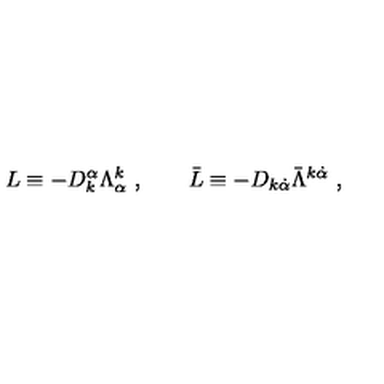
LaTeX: L \equiv - D _ { k } ^ { \alpha } \Lambda _ { \alpha } ^ { k } \ , \qquad \bar { L } \equiv - D _ { k \dot { \alpha } } \bar { \Lambda } ^ { k \dot { \alpha } } \ ,